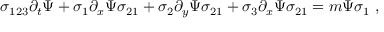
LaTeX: \sigma _ { 1 2 3 } \partial _ { t } \Psi + \sigma _ { 1 } \partial _ { x } \Psi \sigma _ { 2 1 } + \sigma _ { 2 } \partial _ { y } \Psi \sigma _ { 2 1 } + \sigma _ { 3 } \partial _ { x } \Psi \sigma _ { 2 1 } = m \Psi \sigma _ { 1 } ~ ,